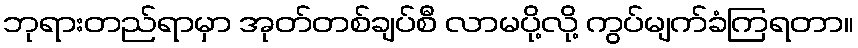
ဘုရားတည်ရာမှာ အုတ်တစ်ချပ်စီ လာမပို့လို့ ကွပ်မျက်ခံကြရတာ။